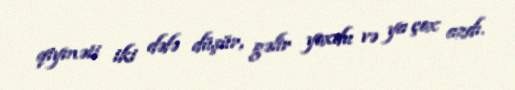
qiyməti iki dəfə düşür, gəlir yoxdu və ya çox azdı.